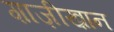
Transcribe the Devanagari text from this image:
ग़ाज़ीख़ान